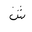
Letter: _shin